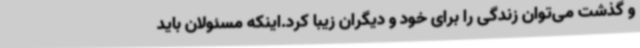
و گذشت می‌توان زندگی را برای خود و دیگران زیبا کرد.اینکه مسئولان باید